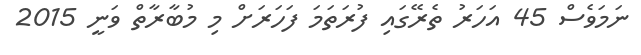
ނަމަވެސް 45 އަހަރު ތެރޭގައި ފުރަތަމަ ފަހަރަށް މި މުބާރާތް ވަނީ 2015